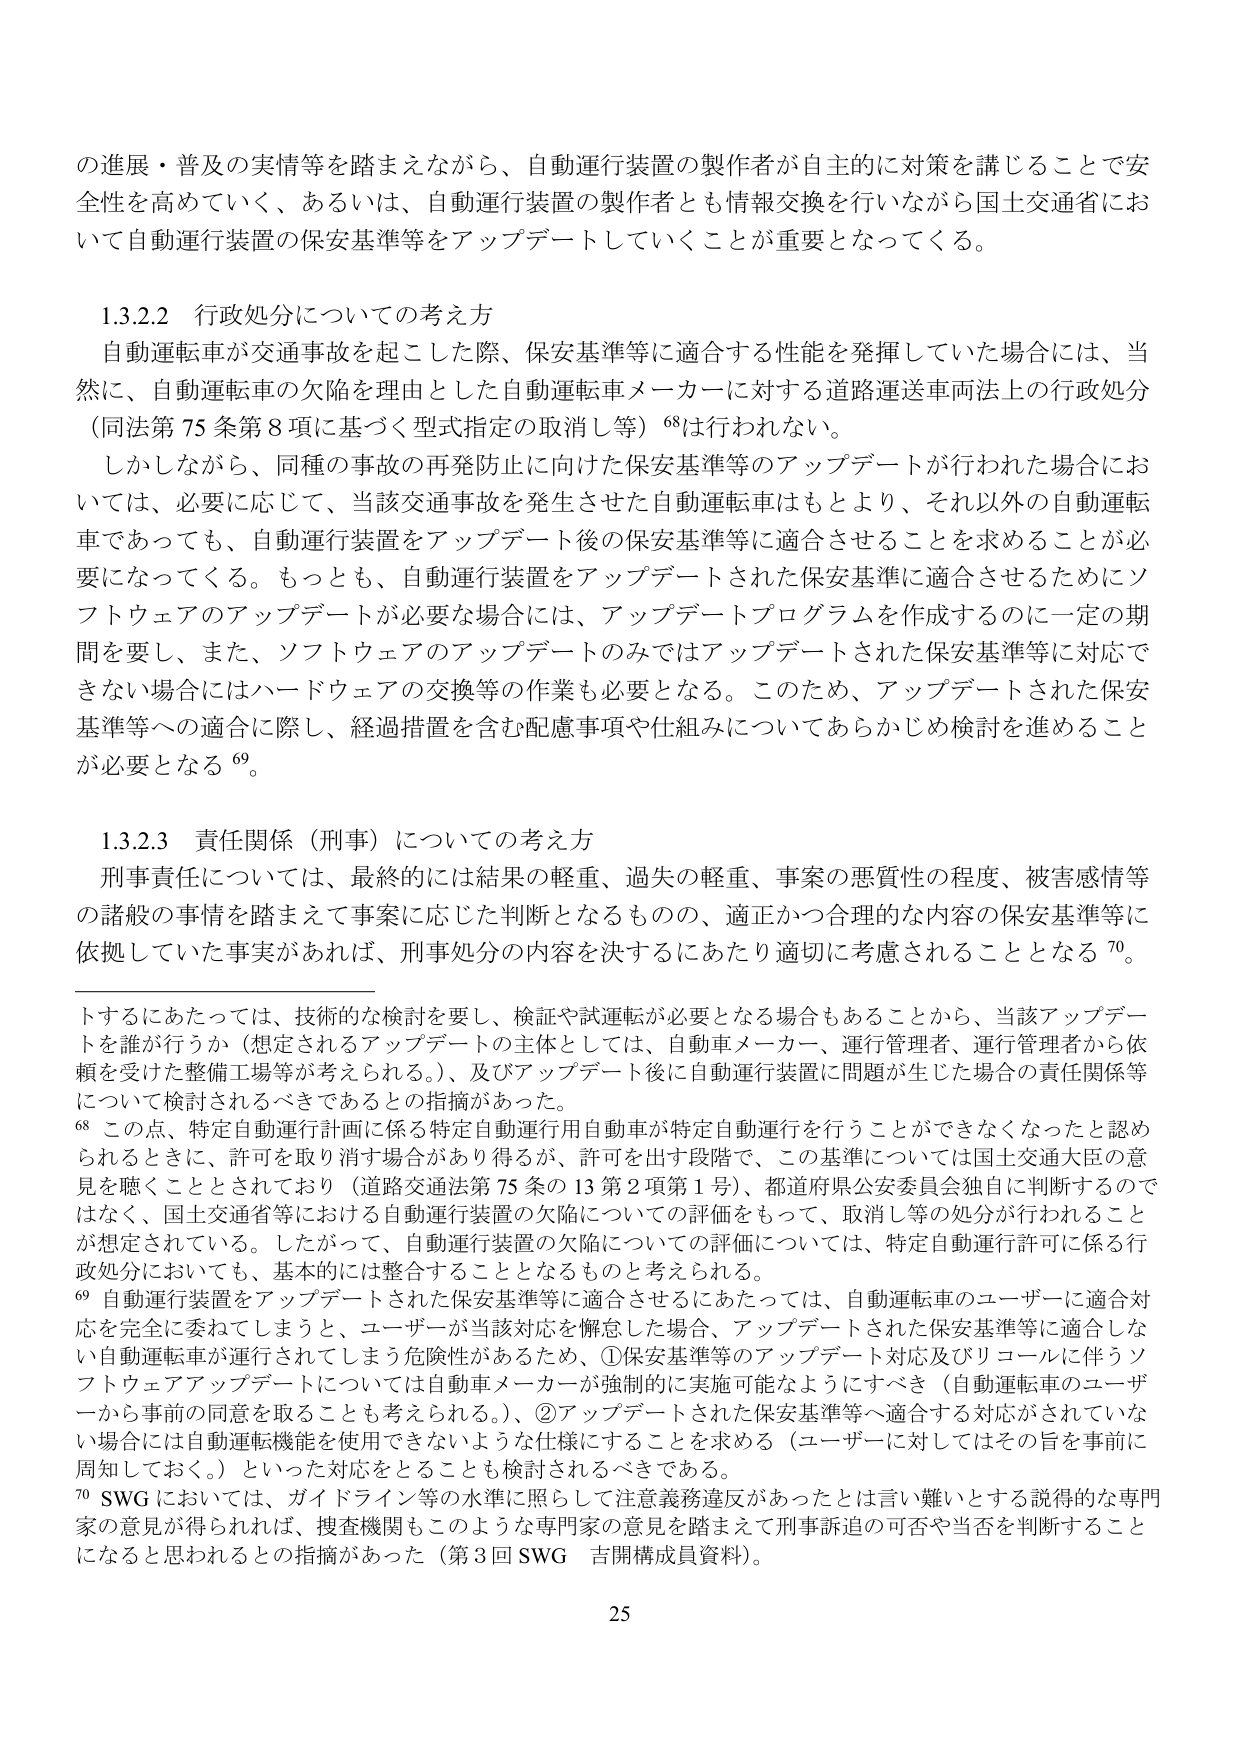
の進展・普及の実情等を踏まえながら、自動運行装置の製作者が自主的に対策を講じることで安全性を高めていく、あるいは、自動運行装置の製作者とも情報交換を行いながら国土交通省において自動運行装置の保安基準等をアップデートしていくことが重要となってくる。

1.3.2.2 行政処分についての考え方
自動運転車が交通事故を起こした際、保安基準等に適合する性能を発揮していた場合には、当然に、自動運転車の欠陥を理由とした自動運転車メーカーに対する道路運送車両法上の行政処分（同法第75条第8項に基づく型式指定の取消し等）⁶⁸は行われない。
しかしながら、同種の事故の再発防止に向けた保安基準等のアップデートが行われた場合においては、必要に応じて、当該交通事故を発生させた自動運転車はもとより、それ以外の自動運転車であっても、自動運行装置をアップデート後の保安基準等に適合させることを求めることが必要となってくる。もっとも、自動運行装置をアップデートされた保安基準に適合させるためにソフトウェアのアップデートが必要な場合には、アップデートプログラムを作成するのに一定の期間を要し、また、ソフトウェアのアップデートのみではアップデートされた保安基準等に対応できない場合にはハードウェアの交換等の作業も必要となる。このため、アップデートされた保安基準等への適合に際し、経過措置を含む配慮事項や仕組みについてあらかじめ検討を進めることが必要となる⁶⁹。

1.3.2.3 責任関係（刑事）についての考え方
刑事責任については、最終的には結果の軽重、過失の軽重、事案の悪質性の程度、被害感情等の諸般の事情を踏まえて事案に応じた判断となるものの、適正かつ合理的な内容の保安基準等に依拠していた事実があれば、刑事処分の内容を決するにあたり適切に考慮されることとなる⁷⁰。

トするにあたっては、技術的な検討を要し、検証や試運転が必要となる場合もあることから、当該アップデートを誰が行うか（想定されるアップデートの主体としては、自動車メーカー、運行管理者、運行管理者から依頼を受けた整備工場等が考えられる。）及びアップデート後に自動運行装置に問題が生じた場合の責任関係等について検討されるべきであるとの指摘があった。
⁶⁸ この点、特定自動運行計画に係る特定自動運行用自動車が特定自動運行を行うことができなくなったと認められるときに、許可を取り消す場合があり得るが、許可を出す段階で、この基準については国土交通大臣の意見を聴くこととされており（道路交通法第75条の13第2項第1号）、都道府県公安委員会独自に判断するのではなく、国土交通省等における自動運行装置の欠陥についての評価をもって、取消し等の処分が行われることが想定されている。したがって、自動運行装置の欠陥についての評価については、特定自動運行許可に係る行政処分においても、基本的には整合することとなるものと考えられる。
⁶⁹ 自動運行装置をアップデートされた保安基準等に適合させるにあたっては、自動運転車のユーザーに適合対応を完全に委ねてしまうと、ユーザーが当該対応を懈怠した場合、アップデートされた保安基準等に適合しない自動運転車が運行されてしまう危険性があるため、①保安基準等のアップデート対応及びリコールに伴うソフトウェアアップデートについては自動車メーカーが強制的に実施可能ないようにすべき（自動運転車のユーザーから事前の同意を取ることも考えられる。）、②アップデートされた保安基準等へ適合する対応がされていない場合には自動運転機能を使用できないような仕様にすることを求める（ユーザーに対してはその旨を事前に周知しておく。）といった対応をとることも検討されるべきである。
⁷⁰ SWGにおいては、ガイドライン等の水準に照らして注意義務違反があったとは言い難いとする説得的な専門家の意見が得られれば、捜査機関もこのような専門家の意見を踏まえて刑事訴追の可否や当否を判断することになると思われるとの指摘があった（第3回SWG 吉開構成員資料）。

25